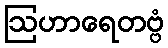
ဩဟာရေတဗ္ဗံ